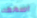
اسمعه